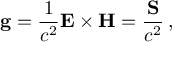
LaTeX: \mathbf { g } = { \frac { 1 } { c ^ { 2 } } } \mathbf { E } \times \mathbf { H } = { \frac { \mathbf { S } } { c ^ { 2 } } } \, ,